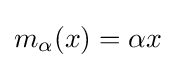
m_{\alpha }(x)=\alpha x